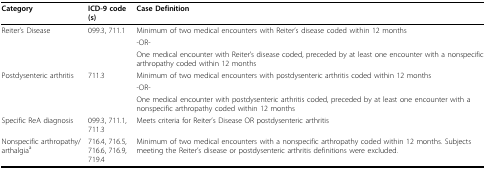
<table><thead><tr><td><b>Category</b></td><td><b>ICD-9 code(s)</b></td><td><b>Case Definition</b></td></tr></thead><tbody><tr><td>Reiter&#x27;s Disease</td><td>099.3, 711.1</td><td>Minimum of two medical encounters with Reiter&#x27;s disease coded within 12 months</td></tr><tr><td></td><td></td><td>-OR-</td></tr><tr><td></td><td></td><td>One medical encounter with Reiter&#x27;s disease coded, preceded by at least one encounter with a nonspecific arthropathy coded within 12 months</td></tr><tr><td>Postdysenteric arthritis</td><td>711.3</td><td>Minimum of two medical encounters with postdysenteric arthritis coded within 12 months</td></tr><tr><td></td><td></td><td>-OR-</td></tr><tr><td></td><td></td><td>One medical encounter with postdysenteric arthritis coded, preceded by at least one encounter with a nonspecific arthropathy coded within 12 months</td></tr><tr><td>Specific ReA diagnosis</td><td>099.3, 711.1, 711.3</td><td>Meets criteria for Reiter&#x27;s Disease OR postdysenteric arthritis</td></tr><tr><td>Nonspecific arthropathy/arthalgia<sup>a</sup></td><td>716.4, 716.5,716.6, 716.9,719.4</td><td>Minimum of two medical encounters with a nonspecific arthropathy coded within 12 months. Subjects meeting the Reiter&#x27;s disease or postdysenteric arthritis definitions were excluded.</td></tr></tbody></table>